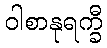
ဝါစာနုရက္ခီ